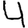
Digit: 4